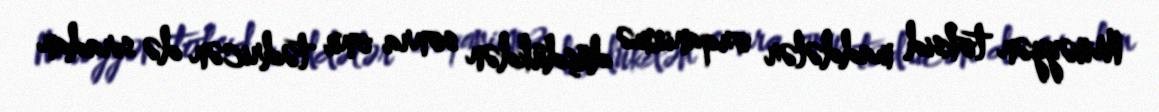
Müəyyən toksid maddələr orqanizmə düşdükdən sonra onu tədricən də sıradan